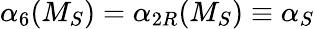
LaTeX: {\alpha}_{6}(M_{S})={\alpha}_{2R}(M_{S})\equiv{\alpha}_{S}